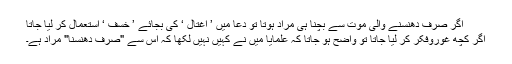
اگر صرف دھنسنے والی موت سے بچنا ہی مراد ہوتا تو دعا میں ’ اغتال ‘ کی بجائے ’ خسف ‘ استعمال کر لیا جاتا
اگر کچھ غوروفکر کر لیا جاتا تو واضح ہو جاتا کہ علمایا میں نے کہیں نہیں لکھا کہ اس سے "صرف دھنسنا" مراد ہے۔